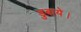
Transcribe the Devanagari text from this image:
डुबाये।